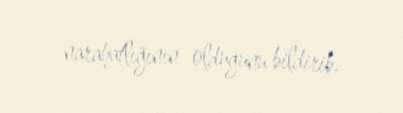
narahatlığının olduğunu bildirib.